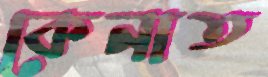
কেনাত